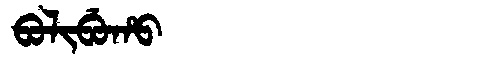
Manchu: ᠪᠣᠯᡳᠪᡠᡥᠣ
Romanization: BOLIBUHO